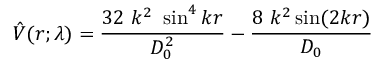
\hat { V } ( r ; \lambda ) = \frac { 3 2 ~ k ^ { 2 } ~ \sin ^ { 4 } k r } { D _ { 0 } ^ { 2 } } - \frac { 8 ~ k ^ { 2 } \sin ( 2 k r ) } { D _ { 0 } }